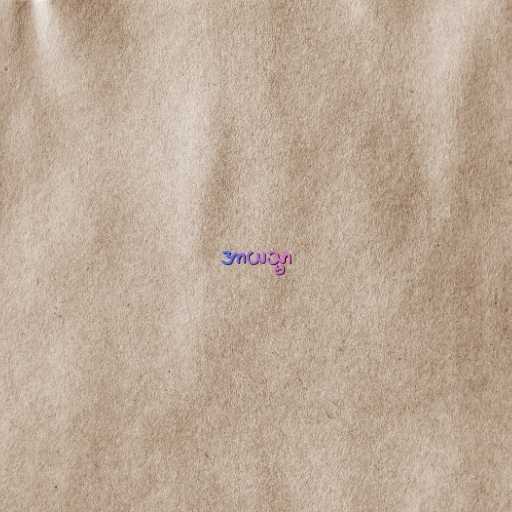
အာယသ္မာ